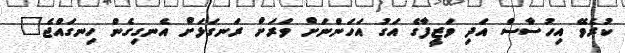
ކުރެވޭ އިހުސާސް އަދި ވަޒީފާގެ އަގު އަހަންނަށް ވަރަށް ރަނގަޅަށް އެނގިގެން ހިނގައްޖެ"